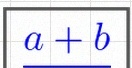
\frac{a+b}{c+d}